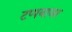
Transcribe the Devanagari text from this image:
टप्पयावर